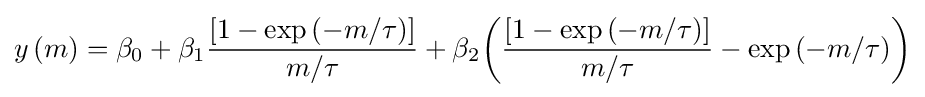
y\left(m\right)=\beta _{0}+\beta _{1}{\frac {\left[{1-\exp \left({-m/\tau }\right)}\right]}{m/\tau }}+\beta _{2}{\left({\frac {\left[{1-\exp \left({-m/\tau }\right)}\right]}{m/\tau }}-\exp \left({-m/\tau }\right)\right)}